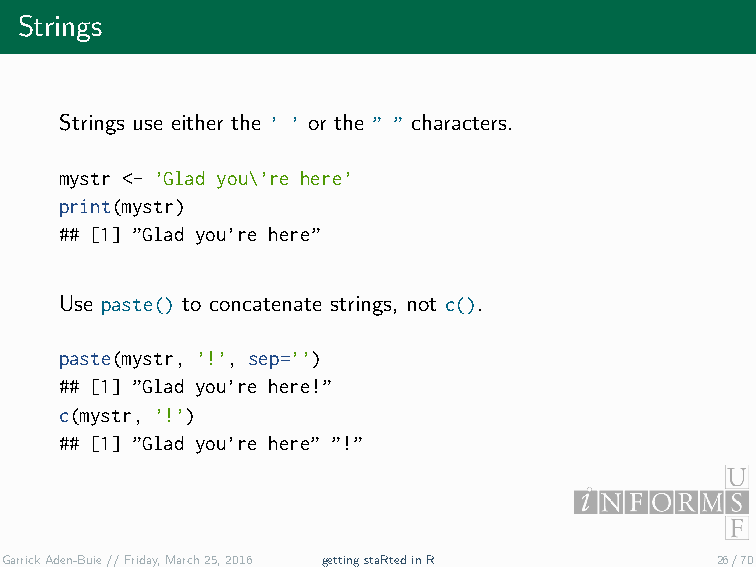
Strings
 Strings use either the ’ ’ or the ” ” characters.
 mystr <- ’Glad you\’re here’
 print(mystr)
 ## [1] ”Glad you’re here”
 Use paste() to concatenate strings, not c().
 paste(mystr, ’!’, sep=’’)
 ## [1] ”Glad you’re here!”
 c(mystr, ’!’)
 ## [1] ”Glad you’re here” ”!”
 GarrickAden-Buie//Friday,March25,2016 gettingstaRtedinR 26/70